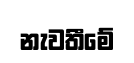
නැවතීමේ